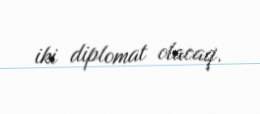
iki diplomat olacaq.